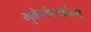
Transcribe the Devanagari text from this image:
भुकेलेल्यांना